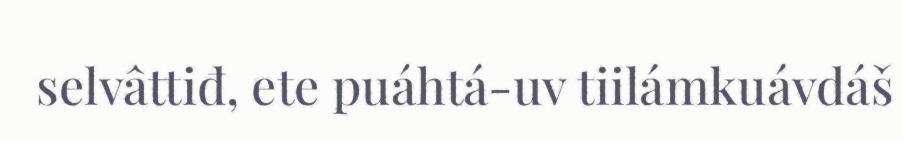
selvâttiđ, ete puáhtá-uv tiilámkuávdáš